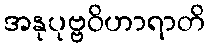
အနုပုဗ္ဗဝိဟာရာတိ